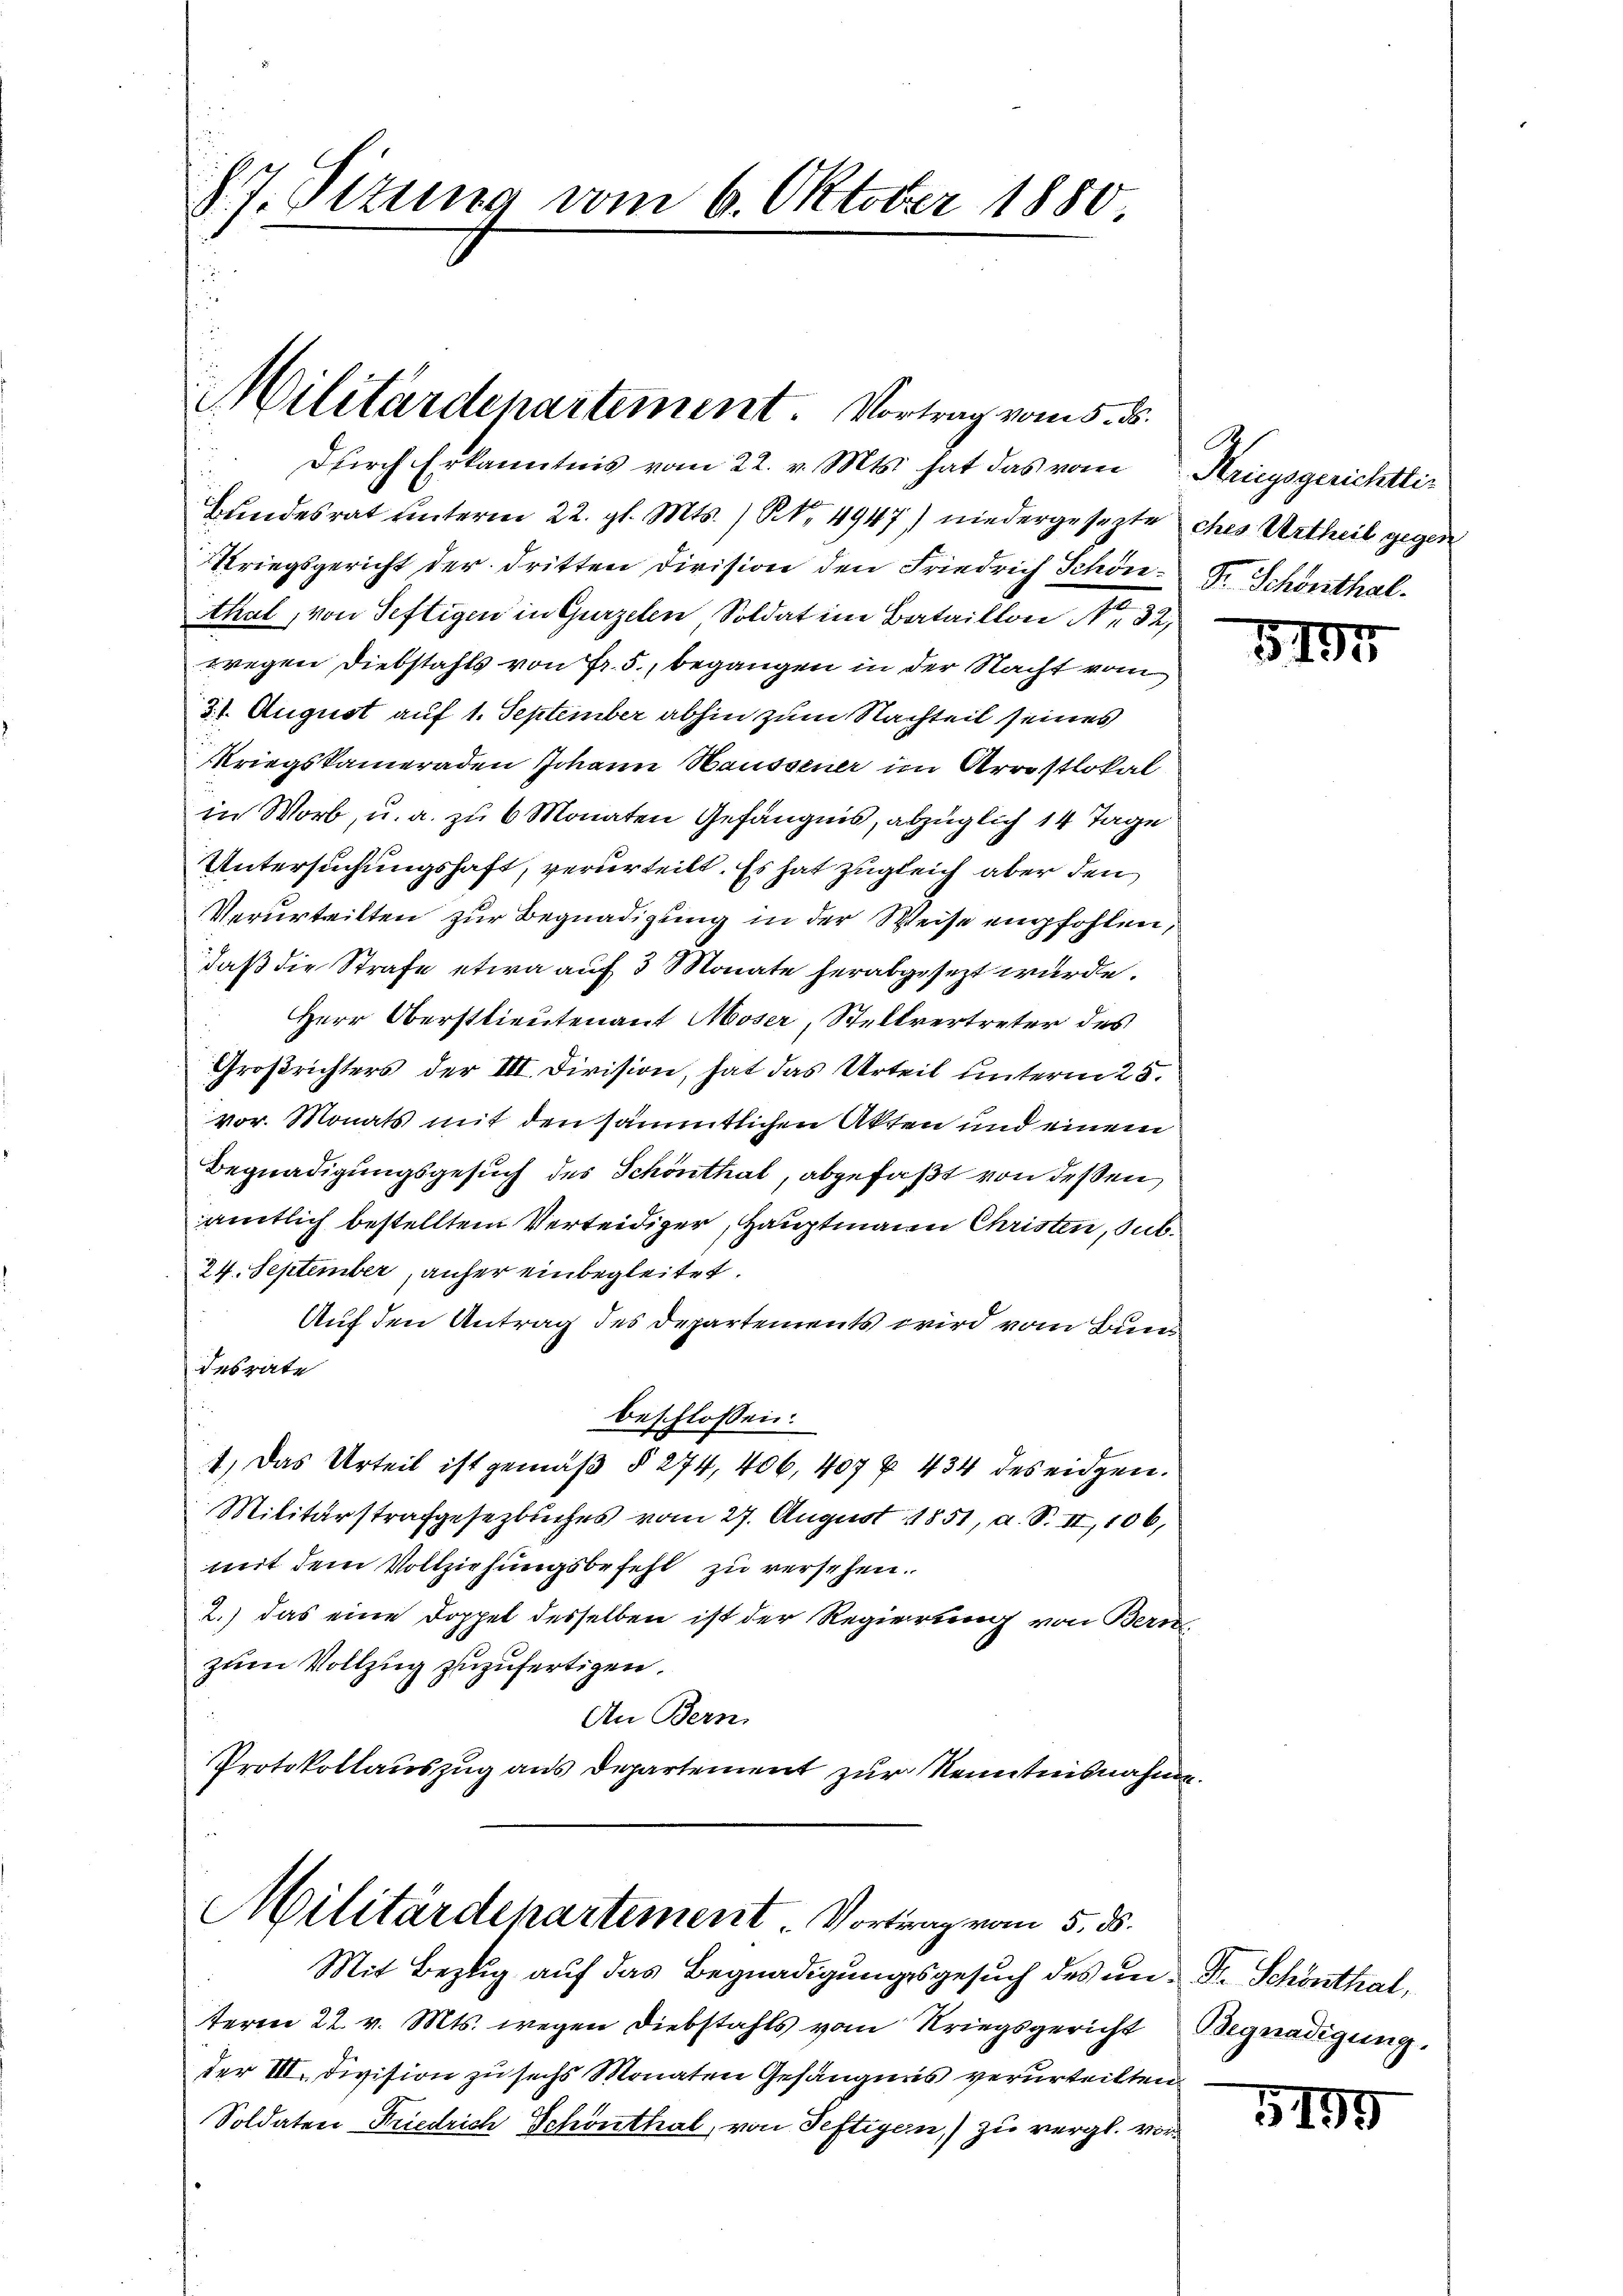
J. J. Sitzung vom 6. Oktober 1880

Militärdepartement. Vortrag vom 5. ds.
dŭrch Erkanntnis vom 22. v. Mts. hat das vom Kriegsgerichtlic
Bundesrat unterm 22. gl. Mts. ) S. 4947) niedergesezte ches Urtheil gegen

Kriegsgericht der dritten Division den Friedrich Schon Dr. Schönthal
thal, von Seftigen in Gurzelen Soldat im Bataillon Nr. 32
wegen Diebstahls von Fr. 5., begangen in der Nacht vom
31. August auf 1. September abhin zum Nachteil seines
Kriegskameraden Johann Haussener im Arrostlokal
in Worb, u. a. zu 6 Monaten Gefängnis, abzüglich 14 Tage
Untersuchungshaft, verurteilt. Es hat zugleich aber den
Verurteilten zur Begnadigung in der Weise empfohlen,
daß die Strafe etwa auf 3 Monate herabgesezt wurde.
Herr Oberstlieutenant Moser, Stellvertreter des
Großrichters der III. Division, hat das Urteil unterm 25.
vor. Monats mit den sämmtlichen Akten und einem
Begnadigungsgesuch des Schönthal, abgefaßt von deßen
ämtlich bestelltem Verteidiger, Hauptmann Christen, Sub¬
24. September, anher einbegleitet.
Auf den Antrag des Departements wird vom Bund
desrate
beschlossen:
1.) Das Urteil ist gemäß § 274, 406, 407 u. 434 des eidgen.
Militärstrafgesezbuches vom 27. August 1851, a. S. II, 106,
mit dem Vollziehungsbefehl zu versehen.
2.) das eine Doppel desselben ist der Regierung von Bern
zum Vollzug zuzufertigen.
An Bern.
Protokollauszug aus Departement zur Kenntnisnahme.

Militärdepartement. Vortrag vom 5. ds.

Mit Bezug auf das Begnadigungsgesuch des um Dr. Schönthal,
term 22. v. Mts. wegen Diebstahls vom Kriegsgericht
der III. Division zu sechs Monaten Gefängnis verurteilten
Soldaten Friedrich Schönthal, von Seftigen,) zu vergl. vor¬

A

5191

Begnadigung.

5199